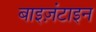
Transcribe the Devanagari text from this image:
बाइज़ंटाइन